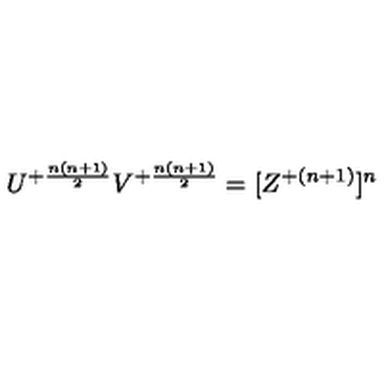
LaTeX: U ^ { + { \frac { n ( n + 1 ) } { 2 } } } V ^ { + { \frac { n ( n + 1 ) } { 2 } } } = [ Z ^ { + { ( n + 1 ) } } ] ^ { n }